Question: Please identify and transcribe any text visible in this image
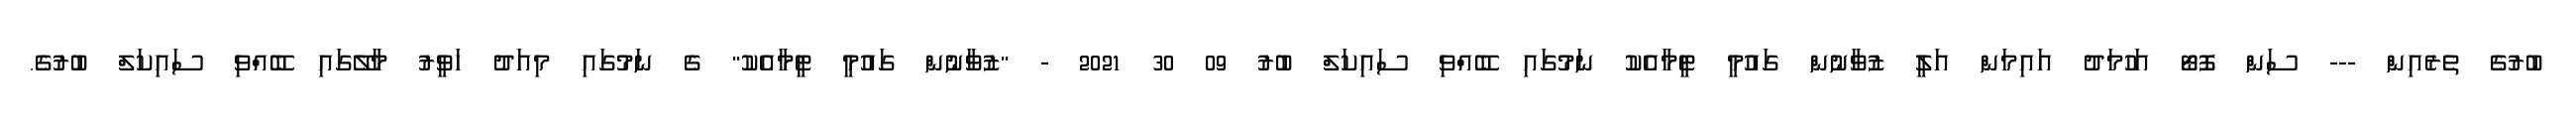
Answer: ބުރުގެ ތެރެއިން --- ސަން ފޮޓޯ އަހުމަދު އައިމަން އަލީ ޒުވާނުން ގައުމީ ޓީމާއެކު ނަމުގައި ބޭއްވި ސައިކަލް ބުރު 09 30 2021 - "ޒުވާނުން ގައުމީ ޓީމާއެކު" ގެ ނަމުގައި މިއަދު ހަވީރު މާލޭގައި ބޭއްވި ސައިކަލް ބުރުގެ.